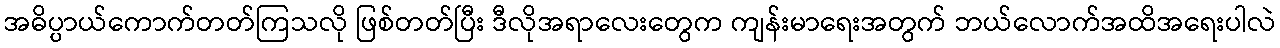
အဓိပ္ပာယ်ကောက်တတ်ကြသလို ဖြစ်တတ်ပြီး ဒီလိုအရာလေးတွေက ကျန်းမာရေးအတွက် ဘယ်လောက်အထိအရေးပါလဲ